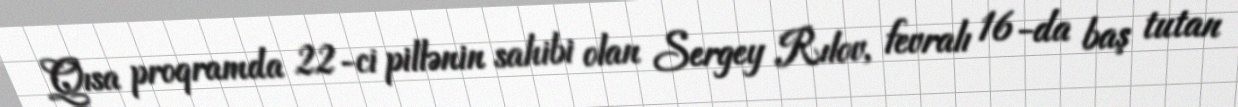
Qısa proqramda 22-ci pillənin sahibi olan Sergey Rılov, fevralı 16-da baş tutan